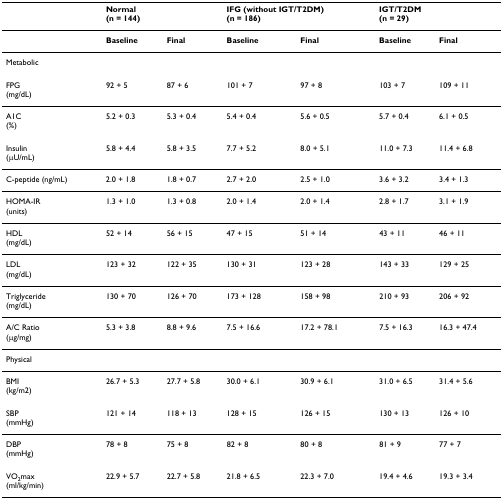
<table><thead><tr><td></td><td><b>Normal(n = 144)</b></td><td></td><td colspan="2"><b>IFG (without IGT/T2DM)(n = 186)</b></td><td colspan="2"><b>IGT/T2DM(n = 29)</b></td></tr></thead><tbody><tr><td></td><td><b>Baseline</b></td><td><b>Final</b></td><td><b>Baseline</b></td><td><b>Final</b></td><td><b>Baseline</b></td><td><b>Final</b></td></tr><tr><td>Metabolic</td><td></td><td></td><td></td><td></td><td></td><td></td></tr><tr><td>FPG(mg/dL)</td><td>92 + 5</td><td>87 + 6</td><td>101 + 7</td><td>97 + 8</td><td>103 + 7</td><td>109 + 11</td></tr><tr><td>A1C(%)</td><td>5.2 + 0.3</td><td>5.3 + 0.4</td><td>5.4 + 0.4</td><td>5.6 + 0.5</td><td>5.7 + 0.4</td><td>6.1 + 0.5</td></tr><tr><td>Insulin(μU/mL)</td><td>5.8 + 4.4</td><td>5.8 + 3.5</td><td>7.7 + 5.2</td><td>8.0 + 5.1</td><td>11.0 + 7.3</td><td>11.4 + 6.8</td></tr><tr><td>C-peptide (ng/mL)</td><td>2.0 + 1.8</td><td>1.8 + 0.7</td><td>2.7 + 2.0</td><td>2.5 + 1.0</td><td>3.6 + 3.2</td><td>3.4 + 1.3</td></tr><tr><td>HOMA-IR(units)</td><td>1.3 + 1.0</td><td>1.3 + 0.8</td><td>2.0 + 1.4</td><td>2.0 + 1.4</td><td>2.8 + 1.7</td><td>3.1 + 1.9</td></tr><tr><td>HDL(mg/dL)</td><td>52 + 14</td><td>56 + 15</td><td>47 + 15</td><td>51 + 14</td><td>43 + 11</td><td>46 + 11</td></tr><tr><td>LDL(mg/dL)</td><td>123 + 32</td><td>122 + 35</td><td>130 + 31</td><td>123 + 28</td><td>143 + 33</td><td>129 + 25</td></tr><tr><td>Triglyceride(mg/dL)</td><td>130 + 70</td><td>126 + 70</td><td>173 + 128</td><td>158 + 98</td><td>210 + 93</td><td>206 + 92</td></tr><tr><td>A/C Ratio(μg/mg)</td><td>5.3 + 3.8</td><td>8.8 + 9.6</td><td>7.5 + 16.6</td><td>17.2 + 78.1</td><td>7.5 + 16.3</td><td>16.3 + 47.4</td></tr><tr><td>Physical</td><td></td><td></td><td></td><td></td><td></td><td></td></tr><tr><td>BMI(kg/m2)</td><td>26.7 + 5.3</td><td>27.7 + 5.8</td><td>30.0 + 6.1</td><td>30.9 + 6.1</td><td>31.0 + 6.5</td><td>31.4 + 5.6</td></tr><tr><td>SBP(mmHg)</td><td>121 + 14</td><td>118 + 13</td><td>128 + 15</td><td>126 + 15</td><td>130 + 13</td><td>126 + 10</td></tr><tr><td>DBP(mmHg)</td><td>78 + 8</td><td>75 + 8</td><td>82 + 8</td><td>80 + 8</td><td>81 + 9</td><td>77 + 7</td></tr><tr><td>VO<sub>2</sub>max(ml/kg/min)</td><td>22.9 + 5.7</td><td>22.7 + 5.8</td><td>21.8 + 6.5</td><td>22.3 + 7.0</td><td>19.4 + 4.6</td><td>19.3 + 3.4</td></tr></tbody></table>